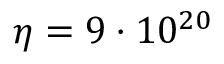
\eta = 9 \cdot 1 0 ^ { 2 0 }